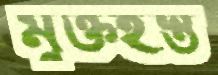
মুক্তহস্ত